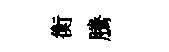
衡騰